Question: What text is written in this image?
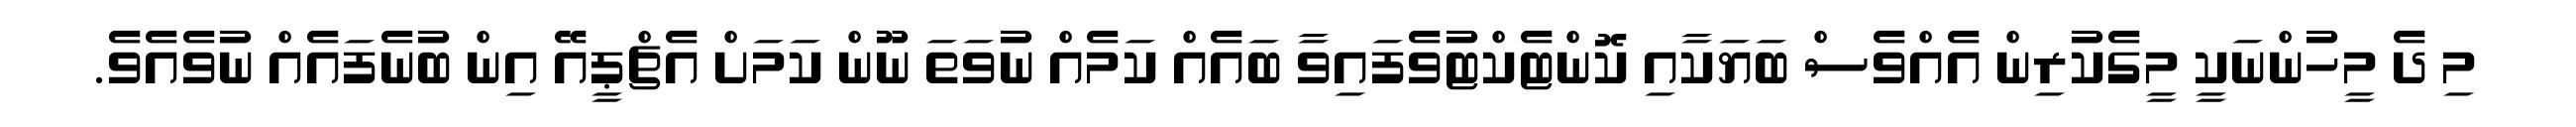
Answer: މި ދެ މީހުންނަކީ މީގެކުރިން އެއްވެސް ބަޔަކާއި ކޮންޓެކްޓުވެފައިވާ ބައެއް ކަމެއް ނުވަތަ ނޫން ކަމަށް އެޗްޕީއޭ އިން ބުނެފައެއް ނުވެއެވެ.